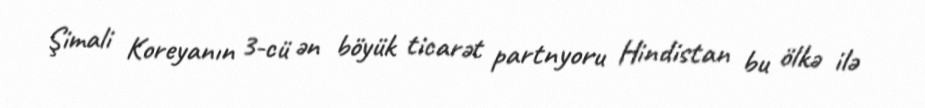
Şimali Koreyanın 3-cü ən böyük ticarət partnyoru Hindistan bu ölkə ilə